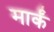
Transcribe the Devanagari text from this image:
मार्कं